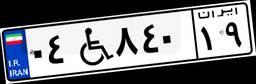
۸۶W۰۰۲۳۱